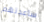
ساعدتهم